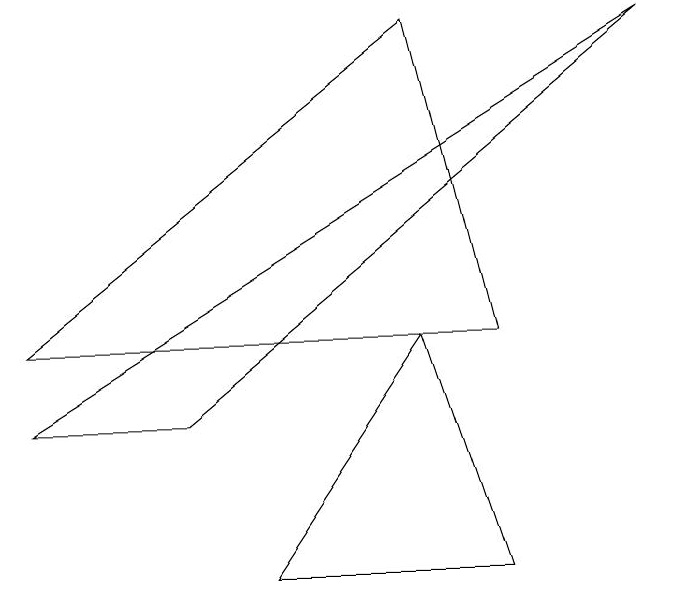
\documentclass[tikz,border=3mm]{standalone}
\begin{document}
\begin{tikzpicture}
\draw (7,3) -- (6,7) -- (1,3) -- cycle;
\draw (7,0) -- (6,3) -- (4,0) -- cycle;
\draw (1,2) -- (9,7) -- (3,2) -- cycle;
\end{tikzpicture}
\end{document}